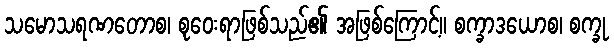
သမောသရဏတောစ၊ စုဝေးရာဖြစ်သည်၏ အဖြစ်ကြောင့်။ စက္ခာဒယောစ၊ စက္ခု